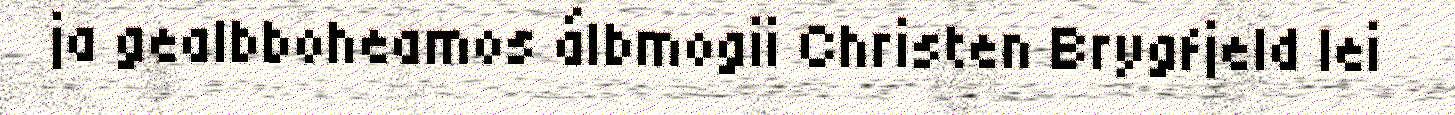
ja gealbboheamos álbmogii Christen Brygfjeld lei